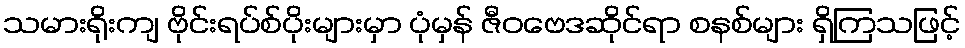
သမားရိုးကျ ဗိုင်းရပ်စ်ပိုးများမှာ ပုံမှန် ဇီဝဗေဒဆိုင်ရာ စနစ်များ ရှိကြသဖြင့်